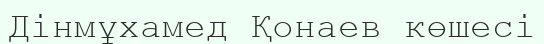
Дінмұхамед Қонаев көшесі